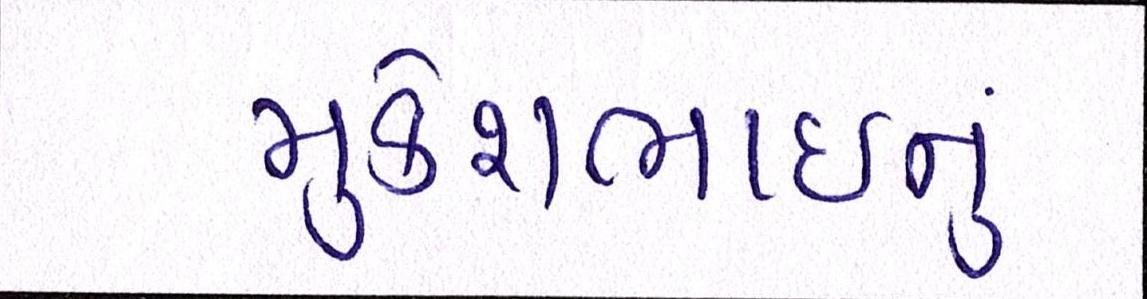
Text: મુકેશભાઈનું